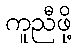
ကူညီဖို့